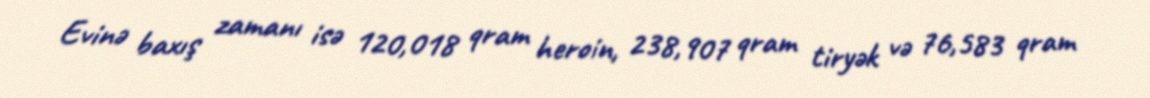
Evinə baxış zamanı isə 120,018 qram heroin, 238,907 qram tiryək və 76,583 qram